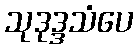
သုဒုဒ္ဒသံပေ